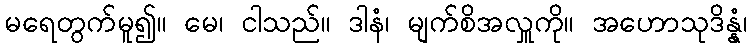
မရေတွက်မူ၍။ မေ၊ ငါသည်။ ဒါနံ၊ မျက်စိအလှူကို။ အဟောသုဒိန္နံ၊